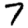
Digit: 7